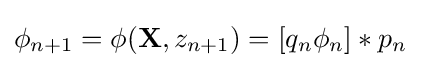
{\begin{aligned}\phi _{n+1}=\phi ({\mathbf {X} },z_{n+1})=[q_{n}\phi _{n}]*p_{n}\end{aligned}}